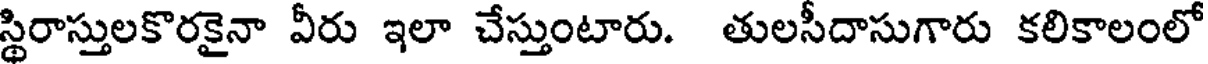
స్థిరాస్తులకొరకైనా వీరు ఇలా చేస్తుంటారు. తులసీదాసుగారు కలికాలంలో